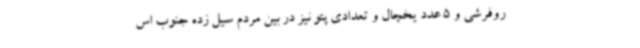
روفرشی و 5 عدد یخچال و تعدادی پتو نیز در بین مردم سیل زده جنوب اس